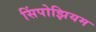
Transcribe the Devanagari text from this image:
सिंपोझियम